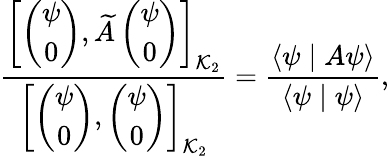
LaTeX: \frac{\left[\left(\begin{array}{c}{{\psi}}\\ {{0}}\end{array}\right),\widetilde{A}\left(\begin{array}{c}{{\psi}}\\ {{0}}\end{array}\right)\right]_{{\cal K}_{2}}}{\left[\left(\begin{array}{c}{{\psi}}\\ {{0}}\end{array}\right),\left(\begin{array}{c}{{\psi}}\\ {{0}}\end{array}\right)\right]_{{\cal K}_{2}}}=\frac{\langle\psi\mid A\psi\rangle}{\langle\psi\mid\psi\rangle},